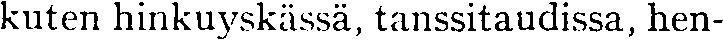
kuten hinkuyskässä, tanssitaudissa, hen-